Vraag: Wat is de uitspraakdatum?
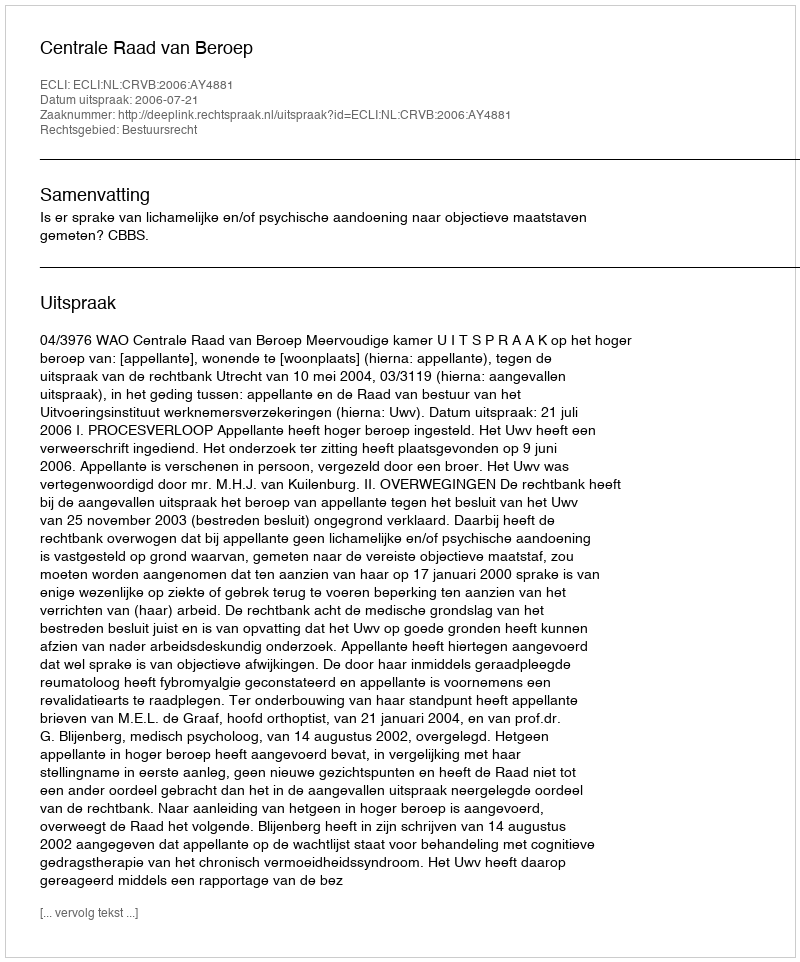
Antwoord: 2006-07-21